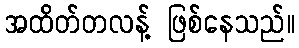
အထိတ်တလန့် ဖြစ်နေသည်။